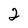
Character: 2